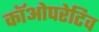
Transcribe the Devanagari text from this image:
कॉओपरेटिव